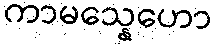
ကာမသ္နေဟော